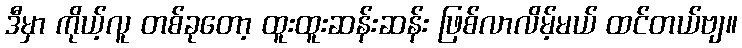
ဒီမှာ ကိုယ့်လူ တစ်ခုတော့ ထူးထူးဆန်းဆန်း ဖြစ်လာလိမ့်မယ် ထင်တယ်ဗျ။